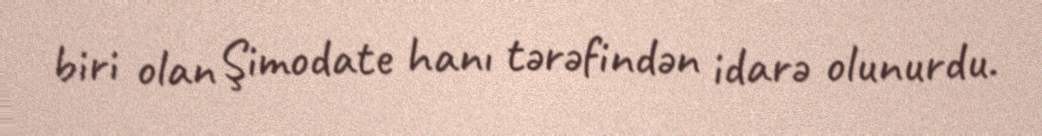
biri olan Şimodate hanı tərəfindən idarə olunurdu.